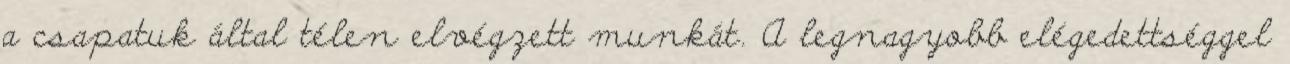
a csapatuk által télen elvégzett munkát. A legnagyobb elégedettséggel